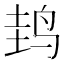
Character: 𱉤